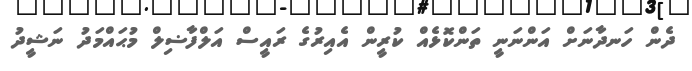
ދެން ހަނދާނަށް އަންނަނީ ތަންކޮޅެއް ކުރީން އެއިރުގެ ރައީސް އަލްފާޟިލް މުޙައްމަދު ނަޝީދު